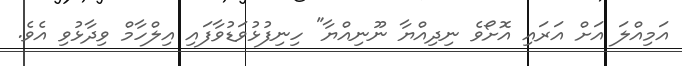
އަމިއްލަ އަށް އަރައި އޮށޯވެ ނިދިއްޔާ ނޫނިއްޔާ" ހިނިފުޅުވަޑުވާފައި އިލްހާމް ވިދާޅުވި އެވެ.